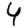
Digit: 4